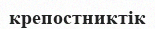
крепостниктік